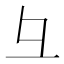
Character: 彑